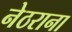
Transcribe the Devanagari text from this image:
नेठराना